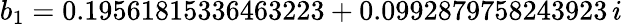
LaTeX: b_{1}=0.19561815336463223+0.0992879758243923\, i